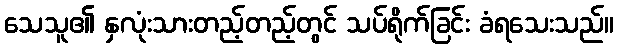
သေသူ၏ နှလုံးသားတည့်တည့်တွင် သပ်ရိုက်ခြင်း ခံရသေးသည်။